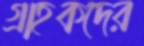
গ্রাহকদের